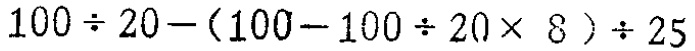
$100\div 20-(100 - 100\div 20\times 8)\div 25$